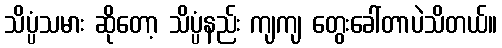
သိပ္ပံသမား ဆိုတော့ သိပ္ပံနည်း ကျကျ တွေးခေါ်တာပဲသိတယ်။